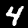
Digit: 4